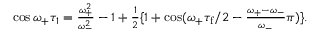
\begin{array} { r } { \cos \omega _ { + } \tau _ { 1 } = \frac { \omega _ { + } ^ { 2 } } { \omega _ { - } ^ { 2 } } - 1 + \frac { 1 } { 2 } \{ 1 + \cos ( \omega _ { + } \tau _ { \mathrm { f } } / 2 - \frac { \omega _ { + } - \omega _ { - } } { \omega _ { - } } \pi ) \} . } \end{array}